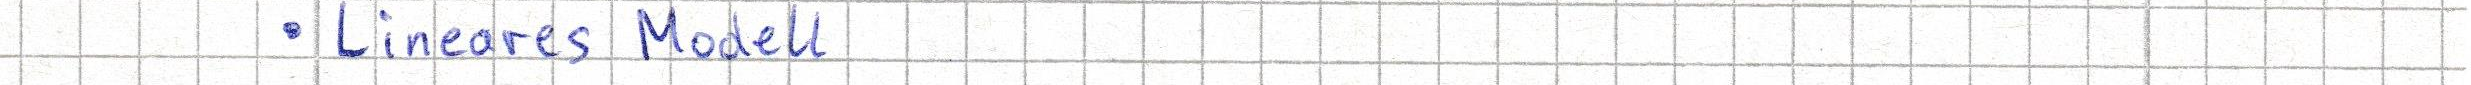
- Lineares Modell